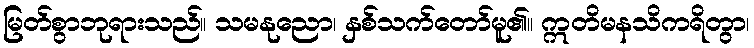
မြတ်စွာဘုရားသည်။ သမနုညော၊ နှစ်သက်တော်မူ၏။ ဣတိမနသိကရိတွာ၊